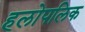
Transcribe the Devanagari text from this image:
हलोपलिक